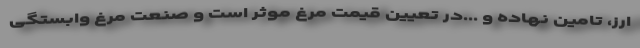
ارز، تامین نهاده و ...در تعیین قیمت مرغ موثر است و صنعت مرغ وابستگی